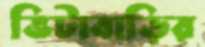
ভিটাবাড়ির